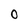
Character: O